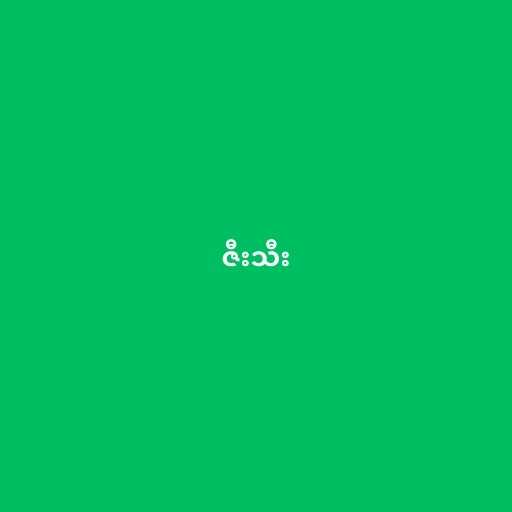
ဇီးသီး